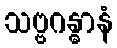
သဗ္ဗဂန္ဓာနံ